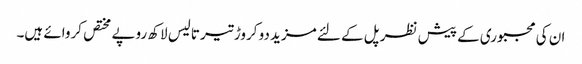
ان کی مجبوری کے پیش نظر پل کے لئے مزید دو کروڑ تیر تالیس لاکھ روپے مختص کروائے ہیں۔